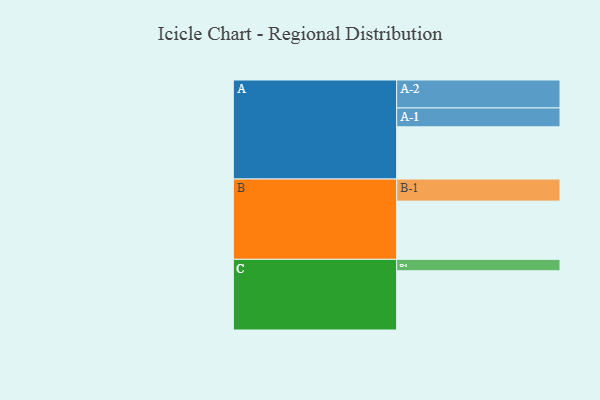
{"axis": {"x": "Segment", "y": "Value"}, "legend": ["", "A", "B", "C"], "data": [{"x": "A", "y": 357, "type": ""}, {"x": "B", "y": 398, "type": ""}, {"x": "C", "y": 405, "type": ""}, {"x": "A-1", "y": 129, "type": "A"}, {"x": "A-2", "y": 191, "type": "A"}, {"x": "B-1", "y": 151, "type": "B"}, {"x": "C-1", "y": 78, "type": "C"}]}